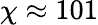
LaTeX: \chi\approx 101